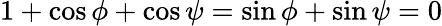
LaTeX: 1+\cos\phi+\cos\psi=\sin\phi+\sin\psi=0